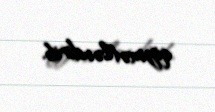
qiymətləndirib.